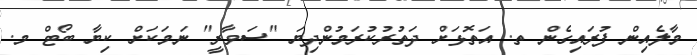
މާލެއިން ފުރައިގެން ތ. އަތޮޅަށް ދަތުރުކުރަމުންދިޔަ "ސަވާރީ" ނަމަކަށް ކިޔާ ބޯޓް މ.